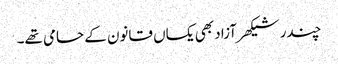
چندر شیکھر آزاد بھی یکساں قانون کے حامی تھے۔